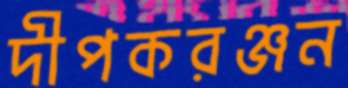
দীপকরঞ্জন